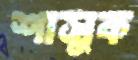
শাসুক